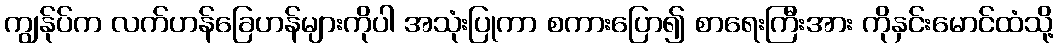
ကျွန်ုပ်က လက်ဟန်ခြေဟန်များကိုပါ အသုံးပြုကာ စကားပြော၍ စာရေးကြီးအား ကိုနှင်းမောင်ထံသို့